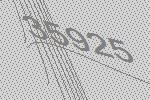
35925